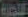
التجارة